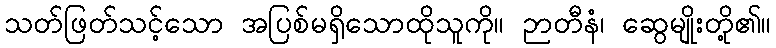
သတ်ဖြတ်သင့်သော အပြစ်မရှိသောထိုသူကို။ ဉာတီနံ၊ ဆွေမျိုးတို့၏။